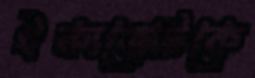
ঐক্যজোটকে